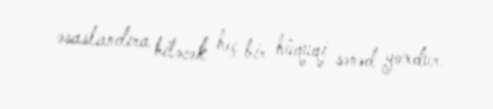
əsaslandıra biləcək heç bir hüquqi sənəd yoxdur.